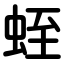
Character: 蛭